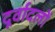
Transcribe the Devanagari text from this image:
दूर्वादलों